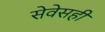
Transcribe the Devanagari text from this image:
सेवेसही